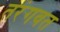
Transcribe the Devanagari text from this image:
तरंगवत